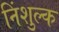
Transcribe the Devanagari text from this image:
निंशुल्क